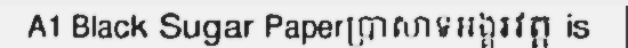
A1 Black Sugar Paperប្រាសាទអង្គរវត្ត is